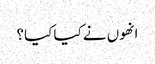
انھوں نے کیا کیا؟